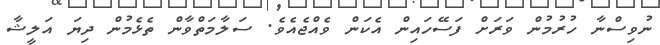
ނުވިސްނާ ހުރުމުން ވަރަށް ފަސޭހައިން އެކަން ވެއްޖެއެވެ. ސަލާމަތްވާން ތެޅެމުން ދިޔަ އަލީޝާ